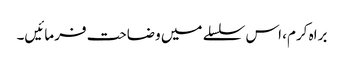
براہ کرم، اس سلسلے میں وضاحت فرمائیں۔